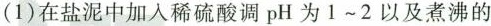
(1)在盐泥中加入稀硫酸调pH为1~2以及煮沸的